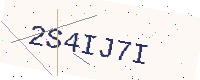
Text: 2S4IJ7I